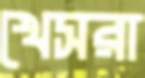
খেসরা